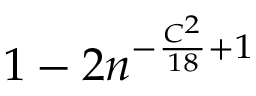
1 - 2 n ^ { - \frac { C ^ { 2 } } { 1 8 } + 1 }